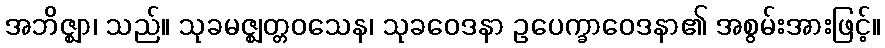
အဘိဇ္ဈာ၊ သည်။ သုခမဇ္ဈတ္တဝသေန၊ သုခဝေဒနာ ဥပေက္ခာဝေဒနာ၏ အစွမ်းအားဖြင့်။